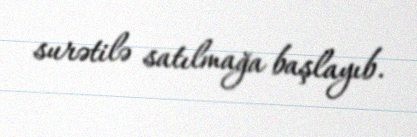
surətilə satılmağa başlayıb.